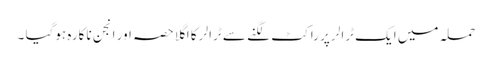
حملہ میں ایک ٹرالر پر راکٹ لگنے سے ٹرالر کا اگلا حصہ اور انجن ناکارہ ہوگیا ۔